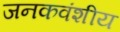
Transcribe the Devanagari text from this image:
जनकवंशीय